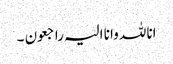
انا للہ وانا الیہ راجعون ۔